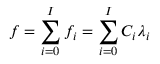
f = \sum _ { i = 0 } ^ { I } f _ { i } = \sum _ { i = 0 } ^ { I } C _ { i } \lambda _ { i }